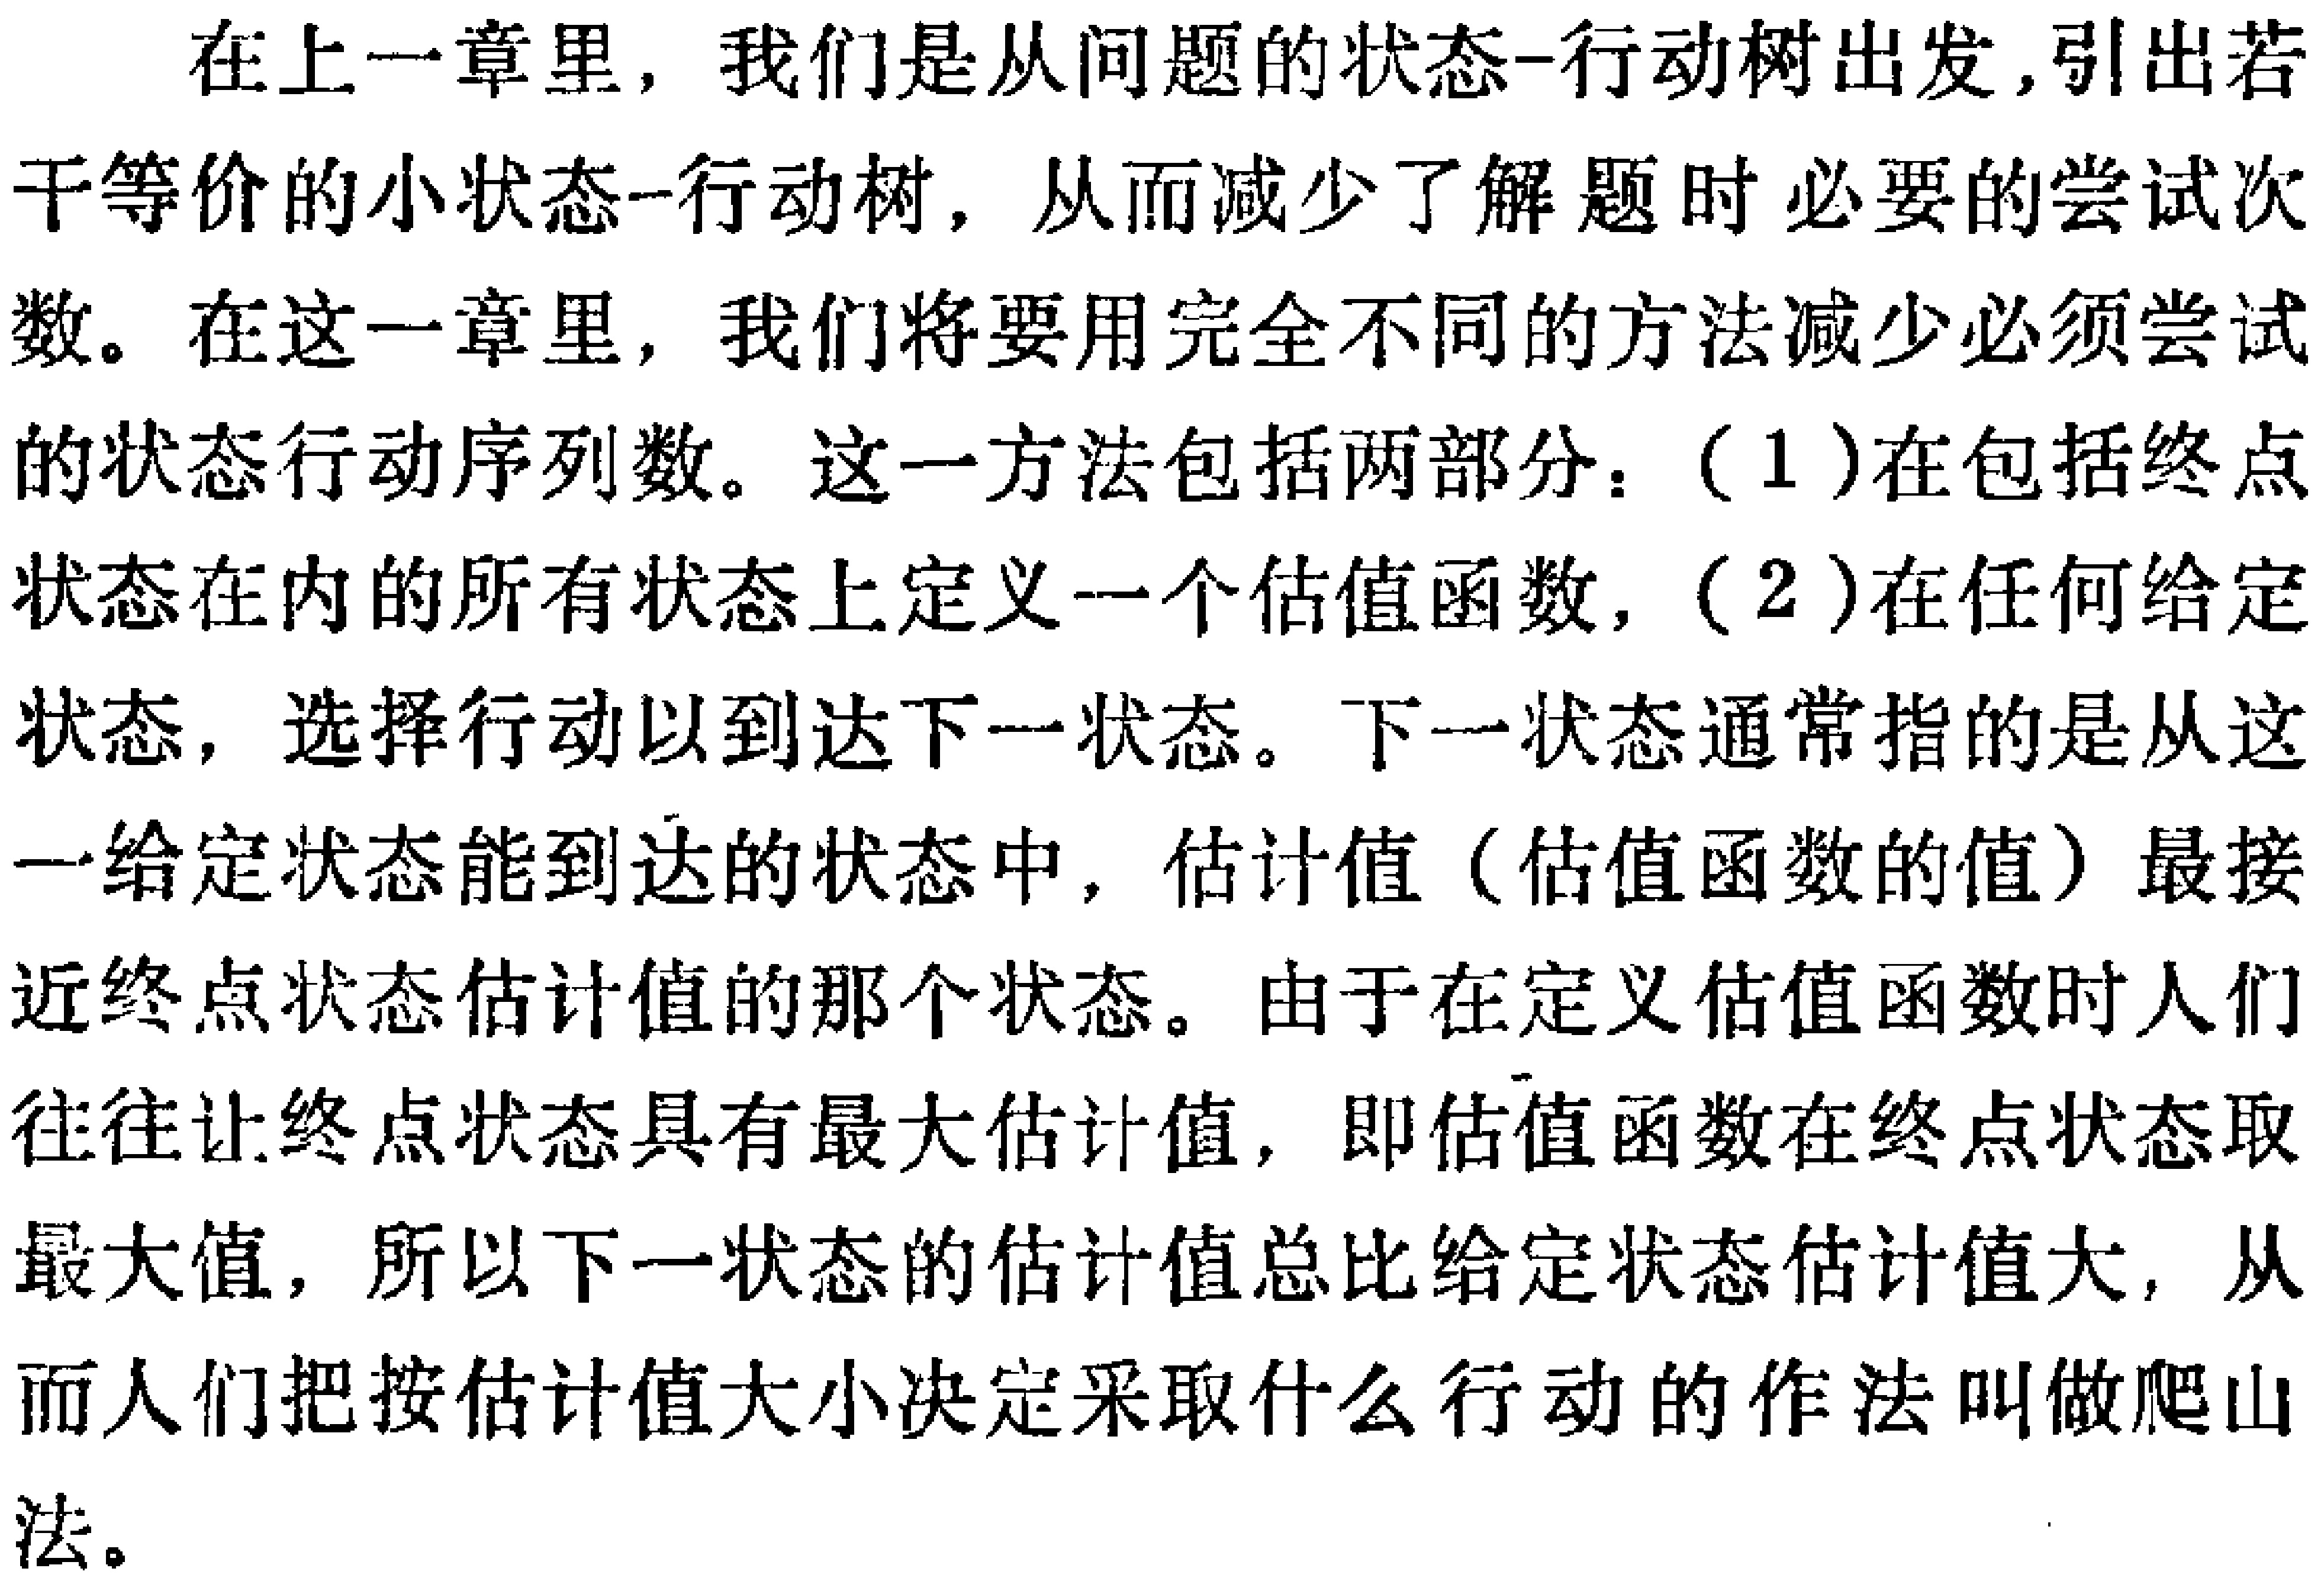
在上一章里，我们是从问题的状态-行动树出发，引出若干等价的小状态-行动树，从而减少了解题时必要的尝试次数。在这一章里，我们将要用完全不同的方法减少必须尝试的状态行动序列数。这一方法包括两部分：（1）在包括终点状态在内的所有状态上定义一个估值函数，（2）在任何给定状态，选择行动以到达下一状态。下一状态通常指的是从这一给定状态能到达的状态中，估计值（估值函数的值）最接近终点状态估计值的那个状态。由于在定义估值函数时人们往往让终点状态具有最大估计值，即估值函数在终点状态取最大值，所以下一状态的估计值总比给定状态估计值大，从而人们把按估计值大小决定采取什么行动的作法叫做爬山法。